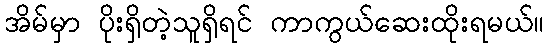
အိမ်မှာ ပိုးရှိတဲ့သူရှိရင် ကာကွယ်ဆေးထိုးရမယ်။